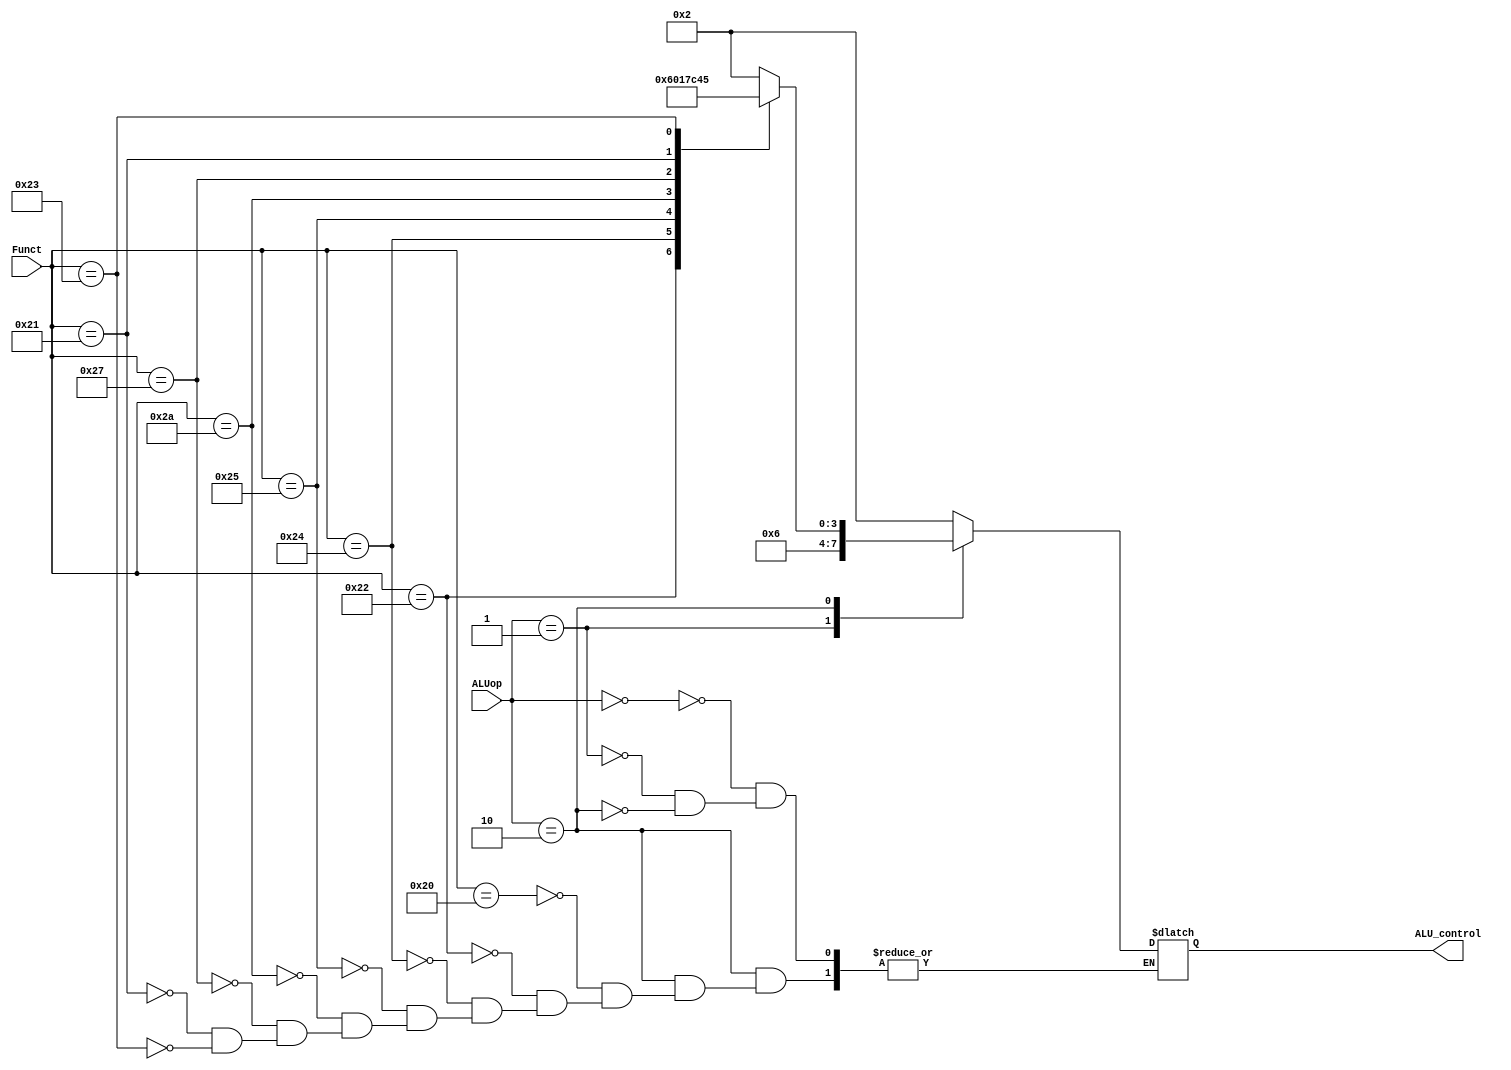
module ALUCtrl(ALUop, Funct, ALU_control);
  input [1:0] ALUop;
  input [5:0] Funct;
  output reg [3:0] ALU_control;

  always @(*) begin
    case (ALUop)
    // Load and Store: ADD
    2'b 00: ALU_control = 'b 0010;
    // Branch equal/not equal: SUB
    2'b 01: ALU_control = 'b 0110;
    // R-type
    2'b 10:
      case (Funct)
      // ADD
      6'b 100000: ALU_control = 'b 0010;
      // SUB
      6'b 100010: ALU_control = 'b 0110;
      // AND
      6'b 100100: ALU_control = 'b 0000;
      // OR
      6'b 100101: ALU_control = 'b 0001;
      // SLT
      6'b 101010: ALU_control = 'b 0111;
		// NOR
		6'b 100111: ALU_control = 'b 1100;
		// MUL
		6'b 100001: ALU_control = 'b 0100;
		// DIV
		6'b 100011: ALU_control = 'b 0101;
      endcase
    endcase
  end
endmodule